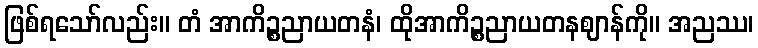
ဖြစ်ရသော်လည်း။ တံ အာကိဉ္စညာယတနံ၊ ထိုအာကိဉ္စညာယတနဈာန်ကို။ အညဿ၊